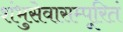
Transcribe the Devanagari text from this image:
शंभुसेवासम्पूरितं